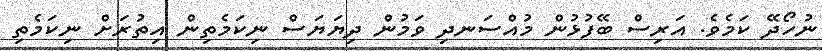
ނުހޯދޭ ކަމެެވެ. އަރިސް ބޭފުޅުން މުއްސަނދި ވަމުން ދިޔަޔަސް ނިކަމެތިން އިތުރަށް ނިކަމެތި